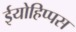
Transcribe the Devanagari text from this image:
ईयोहिप्पस